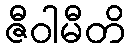
ဇီဝါမီတိ